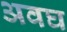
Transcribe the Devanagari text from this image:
अवघ